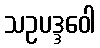
သဥပဒ္ဒဝေါ